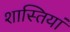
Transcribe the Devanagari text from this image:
शास्तियां